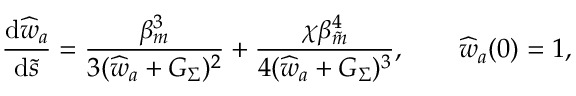
\frac { \mathrm { d } \widehat { w } _ { a } } { \mathrm { d } \tilde { s } } = \frac { \beta _ { m } ^ { 3 } } { 3 ( \widehat { w } _ { a } + G _ { \Sigma } ) ^ { 2 } } + \frac { \chi \beta _ { \tilde { m } } ^ { 4 } } { 4 ( \widehat { w } _ { a } + G _ { \Sigma } ) ^ { 3 } } , \qquad \widehat { w } _ { a } ( 0 ) = 1 ,